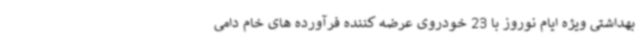
بهداشتی ویژه ایام نوروز با 23 خودروی عرضه کننده فرآورده های خام دامی